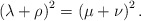
\begin{align*}\left(\lambda+\rho\right)^2=\left(\mu+\nu\right)^2.\end{align*}